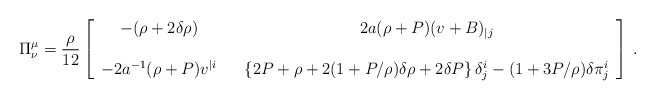
\begin{align*}\Pi^\mu_\nu ={\rho\over12}\left[\begin{array}{ccc}-(\rho+2\delta\rho) & & 2a(\rho+P)(v +B )_{|j} \\&&\\-2a^{-1}(\rho+P)v^{|i} & &\left\{2P+\rho+2(1+P/\rho)\delta\rho + 2\delta P\right\}\delta^i_j- (1+3P/\rho)\delta\pi^i_j\end{array}\right] \,.\end{align*}